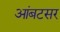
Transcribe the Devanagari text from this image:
आंबटसर